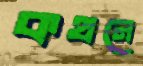
কথনে